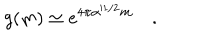
g ( m ) \simeq e ^ { 4 \pi \alpha ^ { \prime 1 / 2 } m } \quad .